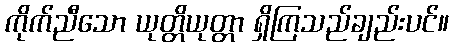
ကိုက်ညီသော ယုတ္တိယုတ္တာ ရှိကြသည်ချည်းပင်။